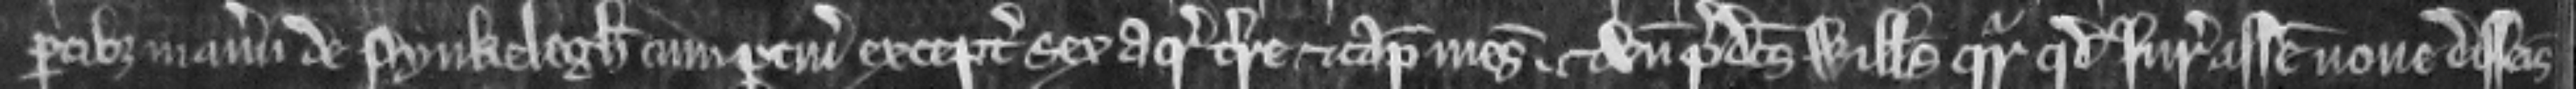
partibus manerii de Pynkelegh cum pertinenciis exceptis sex acris terre et capitale mesuagio. Et unde predictus Willelmus queritur quod juratores assise nove disseisine